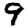
Digit: 9